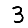
Digit: 3